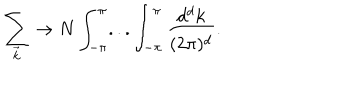
LaTeX: \sum _ { \vec { k } } \rightarrow N \int _ { - \pi } ^ { \pi } . . . \int _ { - \pi } ^ { \pi } \frac { d ^ { d } k } { ( 2 \pi ) ^ { d } } .